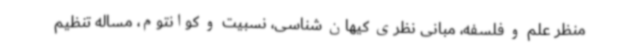
منظر علم و فلسفه، مبانی نظری کیهان شناسی، نسبیت و کوانتوم، مساله تنظیم